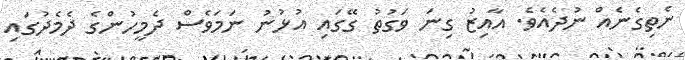
ނެތިގެނެއް ނުދެއެވެ. އާއިޒު ގިނަ ވަގުތު ގޭގައި އުޅުނު ނަމަވެސް ދެމީހުންގެ ދެމެދުގައި